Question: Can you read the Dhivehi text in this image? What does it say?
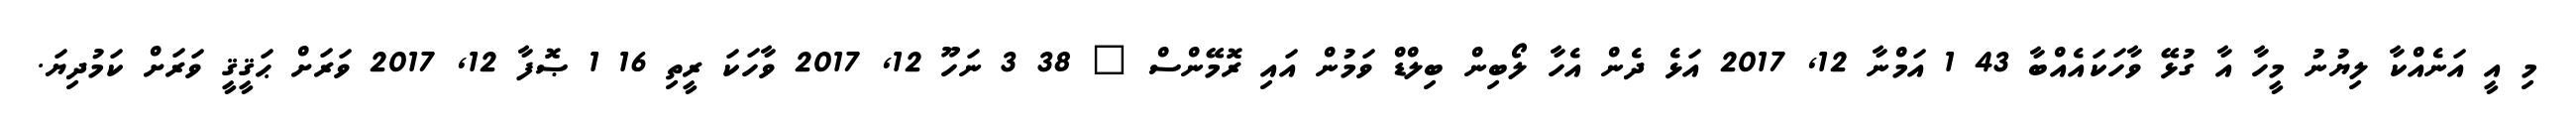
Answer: މި އީ އަނެއްކާ ލިޔުނު މީހާ އާ ގުޅޭ ވާހަކައެއްބާ 43 1 އަމްނާ 12, 2017 އަޅެ ދެން އެހާ ލޯބިން ބިލްޑް ވަމުން އައި ރޮމޭންސް ? 38 3 ނަހޫ 12, 2017 ވާހަކަ ރީތި 16 1 ޞޮފާ 12, 2017 ވަރަށް ޙަޤީޤީ ވަރަށް ކަމުދިޔަ.